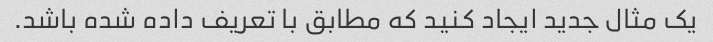
یک مثال جدید ایجاد کنید که مطابق با تعریف داده شده باشد.